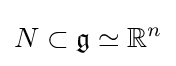
N\subset {\mathfrak {g}}\simeq \mathbb {R} ^{n}